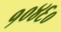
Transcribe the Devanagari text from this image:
१०४६०